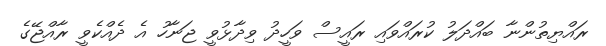
ރައްޔިތުންނާ ބައްދަލު ކުރައްވައި ރައީސް ވަހީދު ވިދާޅުވީ ޖަނާހު އެ ދެއްކެވީ ރާއްޖޭގެ